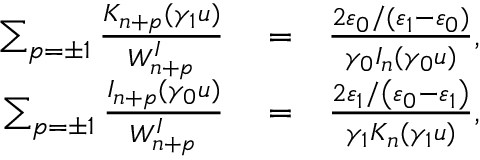
\begin{array} { r l r } { \sum _ { p = \pm 1 } \frac { K _ { n + p } ( \gamma _ { 1 } u ) } { W _ { n + p } ^ { I } } } & { { } = } & { \frac { 2 \varepsilon _ { 0 } / ( \varepsilon _ { 1 } - \varepsilon _ { 0 } ) } { \gamma _ { 0 } I _ { n } ( \gamma _ { 0 } u ) } , } \\ { \sum _ { p = \pm 1 } \frac { I _ { n + p } ( \gamma _ { 0 } u ) } { W _ { n + p } ^ { I } } } & { { } = } & { \frac { 2 \varepsilon _ { 1 } / \left( \varepsilon _ { 0 } - \varepsilon _ { 1 } \right) } { \gamma _ { 1 } K _ { n } ( \gamma _ { 1 } u ) } , } \end{array}